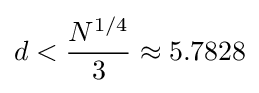
d<{\frac {N^{1/4}}{3}}\approx 5.7828